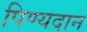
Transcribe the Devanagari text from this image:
पिण्यदान